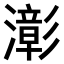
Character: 𤁀